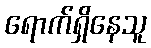
ရောက်ရှိနေသူ